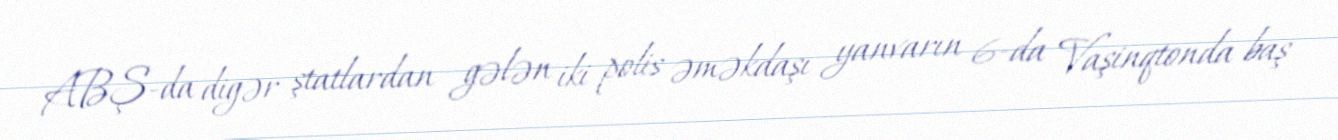
ABŞ-da digər ştatlardan gələn iki polis əməkdaşı yanvarın 6-da Vaşinqtonda baş